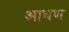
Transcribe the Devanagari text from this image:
आधण